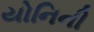
યોનિની